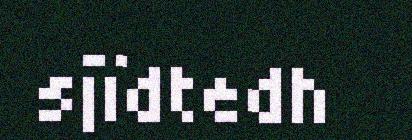
sjïdtedh